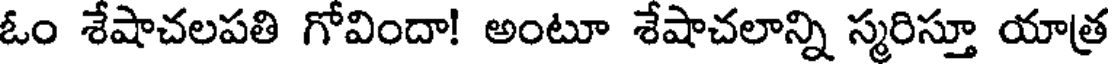
ఓం శేషాచలపతి గోవిందా! అంటూ శేషాచలాన్ని స్మరిస్తూ యాత్ర